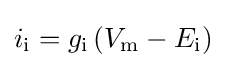
i_{\mathrm {i} }=g_{\mathrm {i} }\left(V_{\mathrm {m} }-E_{\mathrm {i} }\right)